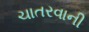
ચાતરવાની